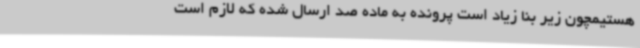
هستیمچون زیر بنا زیاد است پرونده به ماده صد ارسال شده که لازم است